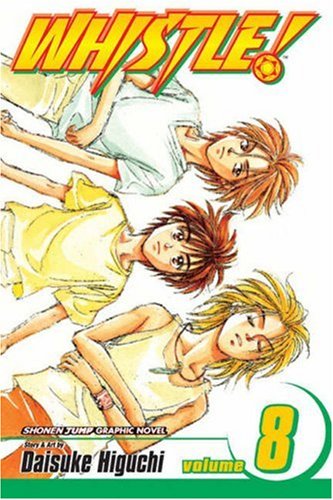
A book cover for Whistle!, Vol. 8 (v. 8); Daisuke Higuchi; Comics & Graphic Novels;